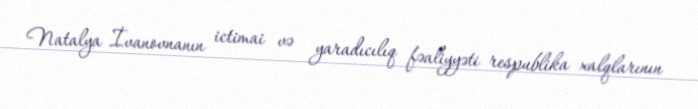
Natalya İvanovnanın ictimai və yaradıcılıq fəaliyyəti respublika xalqlarının